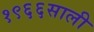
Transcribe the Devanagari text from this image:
१९६६साली